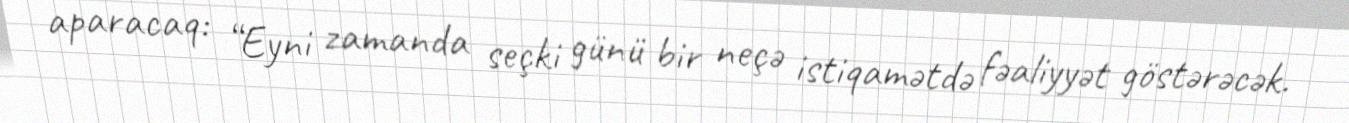
aparacaq: “Eyni zamanda seçki günü bir neçə istiqamətdə fəaliyyət göstərəcək.